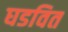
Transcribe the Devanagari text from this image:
घडवित